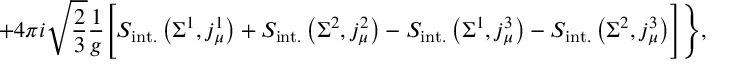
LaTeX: + 4 \pi i \sqrt { \frac 2 3 } \frac { 1 } { g } \Biggl [ S _ { \mathrm { i n t . } } \left( \Sigma ^ { 1 } , j _ { \mu } ^ { 1 } \right) + S _ { \mathrm { i n t . } } \left( \Sigma ^ { 2 } , j _ { \mu } ^ { 2 } \right) - S _ { \mathrm { i n t . } } \left( \Sigma ^ { 1 } , j _ { \mu } ^ { 3 } \right) - S _ { \mathrm { i n t . } } \left( \Sigma ^ { 2 } , j _ { \mu } ^ { 3 } \right) \Biggr ] \Biggr \} ,